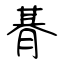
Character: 朞